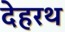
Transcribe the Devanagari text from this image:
देहरथ